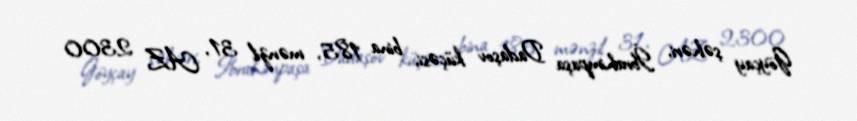
Göyçay şəhəri, İbrahimpaşa Dadaşov küçəsi, bina 185, mənzil 31, AZ 2300